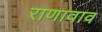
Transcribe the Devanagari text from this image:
राणावाव